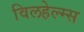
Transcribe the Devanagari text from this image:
विलहेल्म्स